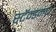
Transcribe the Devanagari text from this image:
स्टॅन्डमधे